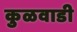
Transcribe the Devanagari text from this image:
कुळवाडी